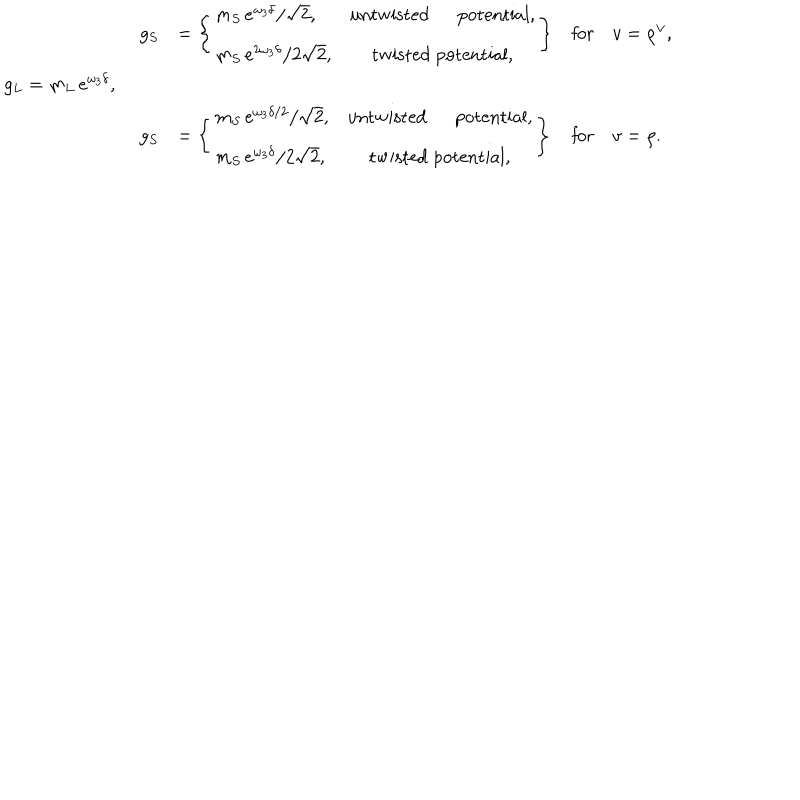
g _ { L } = m _ { L } \, e ^ { \omega _ { 3 } \delta } , \quad \begin{array} { l l l l } { { g _ { S } } } & { { = \left\{ \begin{array} { l c } { { m _ { S } \, e ^ { \omega _ { 3 } \delta } / \sqrt 2 , } } & { { \mathrm { u n t w i s t e d ~ p o t e n t i a l } , } } \\ { { m _ { S } \, e ^ { 2 \omega _ { 3 } \delta } / 2 \sqrt 2 , } } & { { \mathrm { t w i s t e d ~ p o t e n t i a l } , } } \\ \end{array} \right\} } } & { { \mathrm { f o r } } } & { { v = \rho ^ { \vee } , } } \\ { { g _ { S } } } & { { = \left\{ \begin{array} { l c } { { m _ { S } \, e ^ { \omega _ { 3 } \delta / 2 } / \sqrt 2 , } } & { { \mathrm { u n t w i s t e d ~ p o t e n t i a l } , } } \\ { { m _ { S } \, e ^ { \omega _ { 3 } \delta } / 2 \sqrt 2 , } } & { { \mathrm { t w i s t e d ~ p o t e n t i a l } , } } \\ \end{array} \right\} } } & { { \mathrm { f o r } } } & { { v = \rho . } } \\ \end{array}